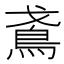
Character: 𬷁